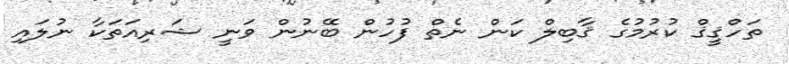
ތަހްޤީޤް ކުރުމުގެ ޤާބިލް ކަން ނެތް ފުހުން ބޭނުން ވަނީ ޝަރިއަތަކާ ނުލައި